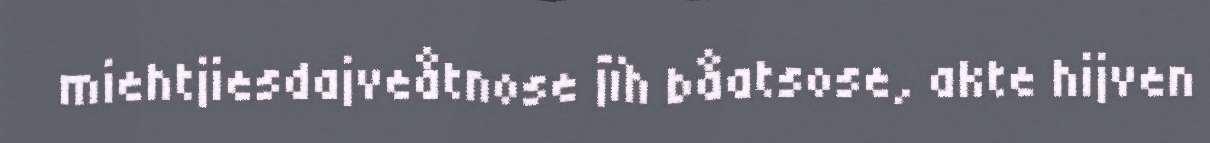
miehtjiesdajveåtnose jïh båatsose, akte hijven